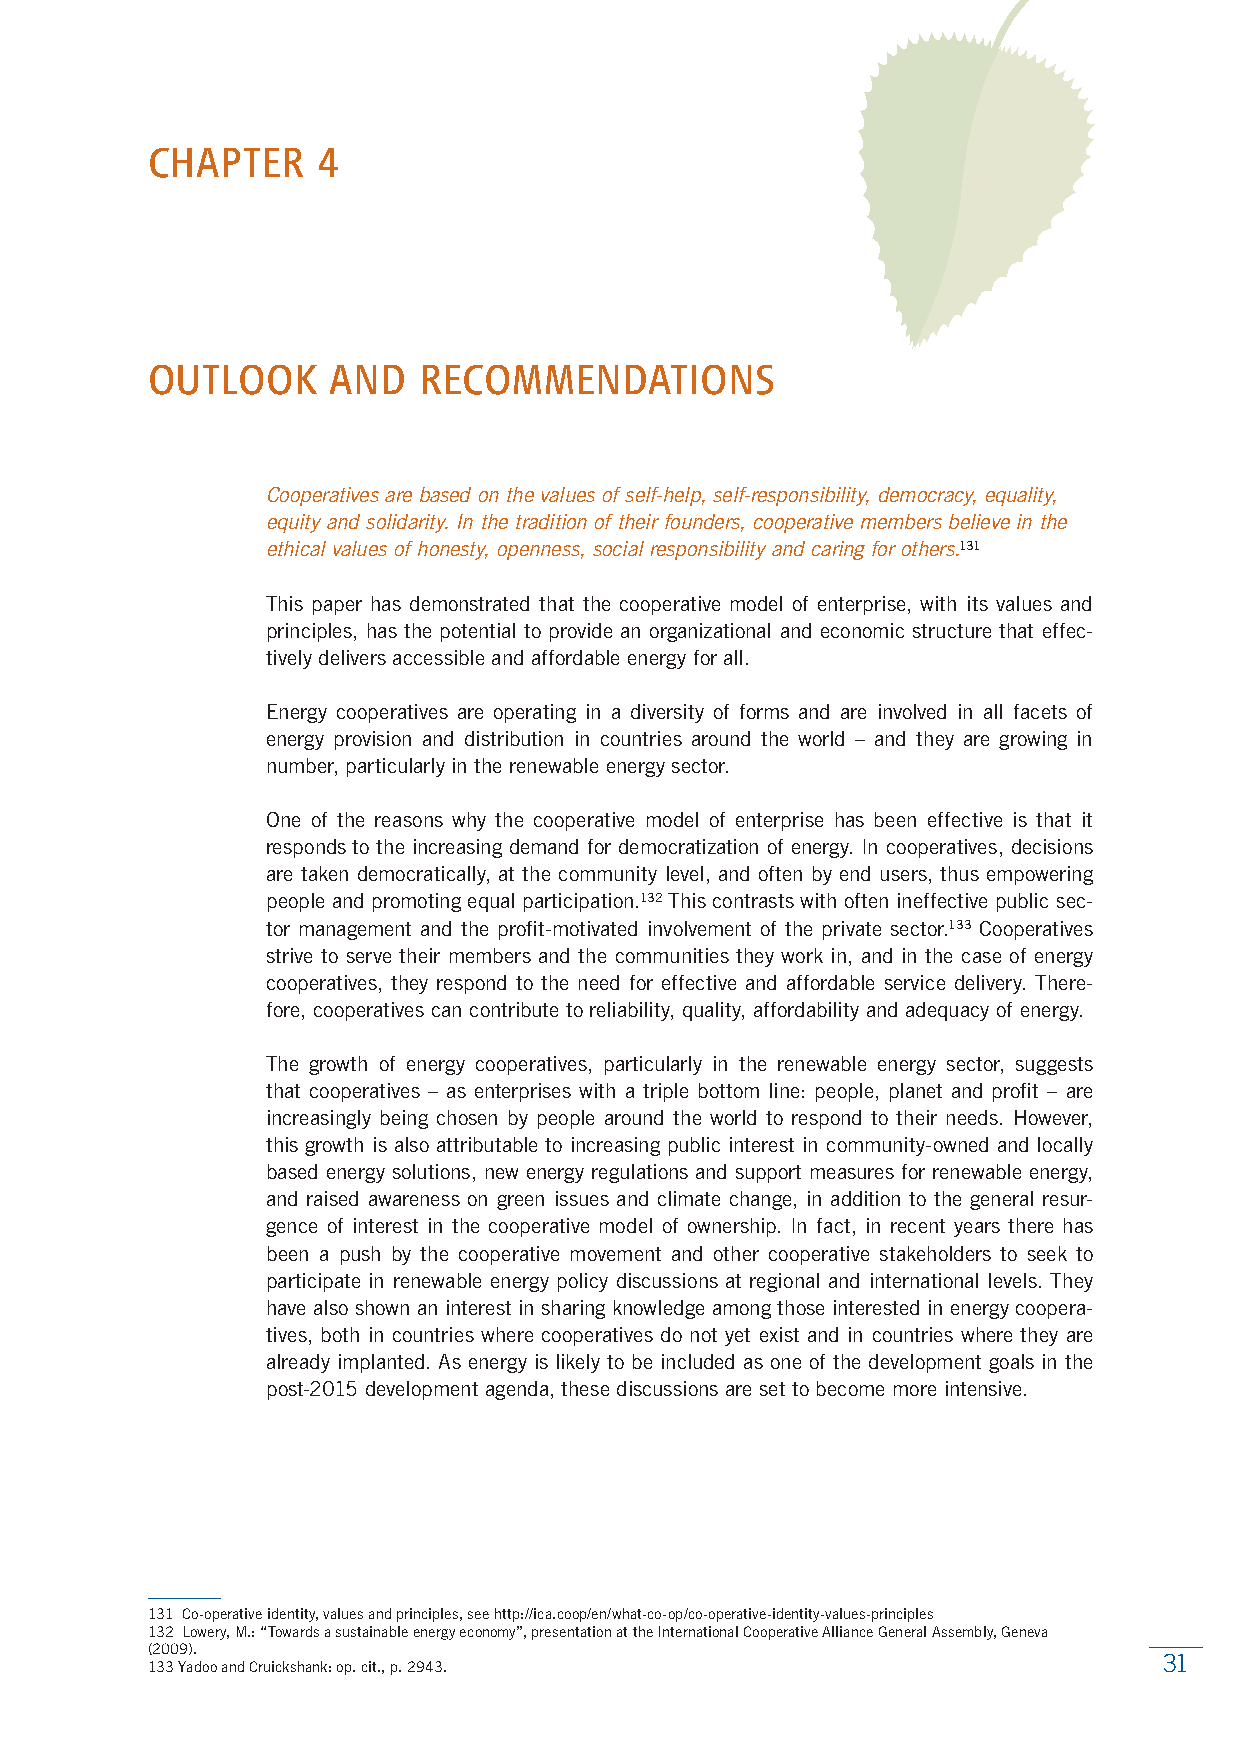
CHAPTER    4
 OUTLOOK     AND   RECOMMENDATIONS
 Cooperatives are based on the values of self-help, self-responsibility, democracy, equality,
 equity and solidarity. In the tradition of their founders, cooperative members believe in the
 ethical values of honesty, openness, social responsibility and caring for others.131
 This paper has demonstrated that the cooperative model of enterprise, with its values and
 principles, has the potential to provide an organizational and economic structure that effec-
 tively delivers accessible and affordable energy for all.
 Energy cooperatives are operating in a diversity of forms and are involved in all facets of
 energy provision and distribution in countries around the world – and they are growing in
 number, particularly in the renewable energy sector.
 One of the reasons why the cooperative model of enterprise has been effective is that it
 responds to the increasing demand for democratization of energy. In cooperatives, decisions
 are taken democratically, at the community level, and often by end users, thus empowering
 people and promoting equal participation.132 This contrasts with often ineffective public sec-
 tor management and the profit-motivated involvement of the private sector.133 Cooperatives
 strive to serve their members and the communities they work in, and in the case of energy
 cooperatives, they respond to the need for effective and affordable service delivery. There-
 fore, cooperatives can contribute to reliability, quality, affordability and adequacy of energy.
 The growth of energy cooperatives, particularly in the renewable energy sector, suggests
 that cooperatives – as enterprises with a triple bottom line: people, planet and profit – are
 increasingly being chosen by people around the world to respond to their needs. However,
 this growth is also attributable to increasing public interest in community-owned and locally
 based energy solutions, new energy regulations and support measures for renewable energy,
 and raised awareness on green issues and climate change, in addition to the general resur-
 gence of interest in the cooperative model of ownership. In fact, in recent years there has
 been a push by the cooperative movement and other cooperative stakeholders to seek to
 participate in renewable energy policy discussions at regional and international levels. They
 have also shown an interest in sharing knowledge among those interested in energy coopera-
 tives, both in countries where cooperatives do not yet exist and in countries where they are
 already implanted. As energy is likely to be included as one of the development goals in the
 post-2015 development agenda, these discussions are set to become more intensive.
 131 Co-operative identity, values and principles, see http://ica.coop/en/what-co-op/co-operative-identity-values-principles
 132 Lowery, M.: “Towards a sustainable energy economy”, presentation at the International Cooperative Alliance General Assembly, Geneva
 (2009).
 31
 133 Yadoo and Cruickshank: op. cit., p. 2943.